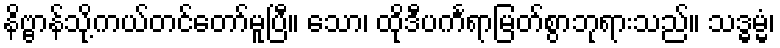
နိဗ္ဗာန်သို့ကယ်တင်တော်မူပြီ။ သော၊ ထိုဒီပင်္ကရာမြတ်စွာဘုရားသည်။ သဒ္ဓမ္မံ၊